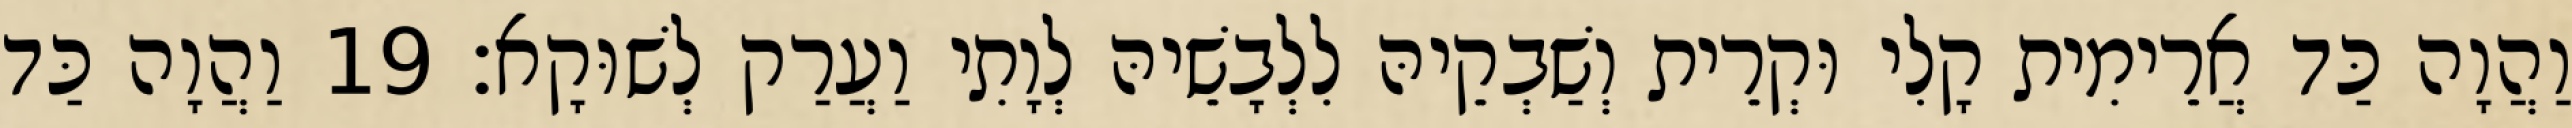
וַהֲוָה כַּד אֲרֵימִית קָלִי וּקְרֵית וְשַׁבְקֵיהּ לִלְבָשֵׁיהּ לְוָתִי וַעֲרַק לְשׁוּקָא׃ 19 וַהֲוָה כַּד